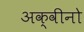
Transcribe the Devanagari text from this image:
अक्वीनो